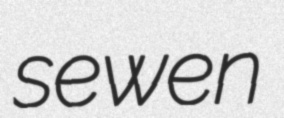
sewen